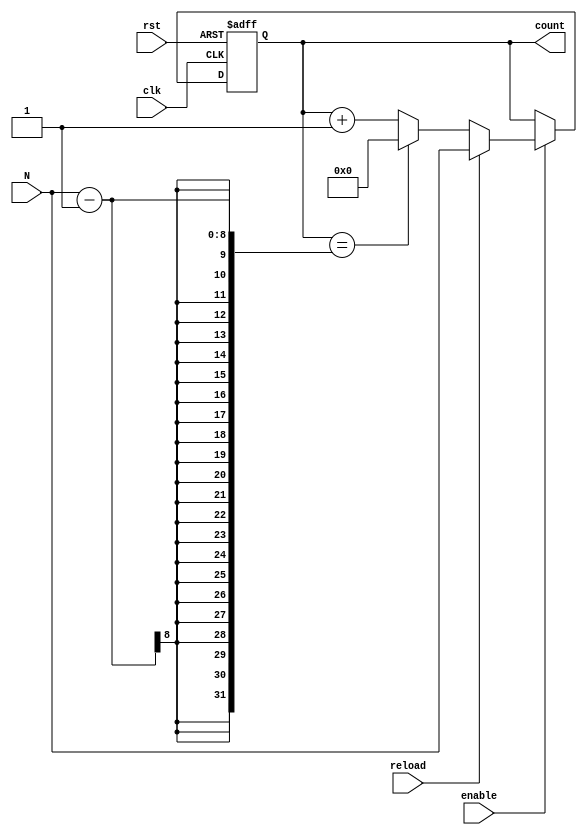
module ModuloN_Up_Counter_with_Enable (
    input wire clk,
    input wire rst,
    input wire enable,
    input wire reload,
    input wire [7:0] N,
    output reg [7:0] count
);

always @(posedge clk or posedge rst) begin
    if (rst) begin
        count <= 8'h0;
    end else if (enable) begin
        if (reload) begin
            count <= N;
        end else begin
            if (count == N-1) begin
                count <= 8'h0;
            end else begin
                count <= count + 1;
            end
        end
    end
end

endmodule